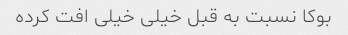
بوکا نسبت به قبل خیلی خیلی افت کرده